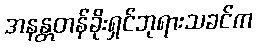
အနန္တတန်ခိုးရှင်ဘုရားသခင်က